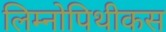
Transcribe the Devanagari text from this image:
लिम्नोपिथीकस